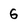
Character: 6